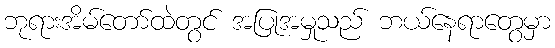
ဘုရားအိမ်တော်ထဲတွင် အပြုအမှုသည် ဘယ်နေရာတွေမှာ